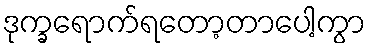
ဒုက္ခရောက်ရတော့တာပေါ့ကွာ